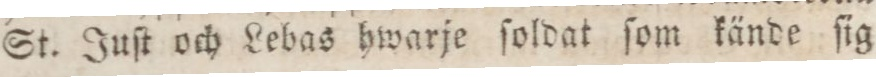
St. Juſt och Lebas hwarje ſoldat ſom kände ſig